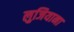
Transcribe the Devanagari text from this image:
लुजियाना